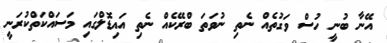
އޭނާ ބުނީ ހުސް ވަގުތެއް ނެތި ނުވަތަ ބްރޭކެއް ނެތި އައިޑޮލްގައި މަސައްކަތްކުރަނީ